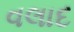
વલાદ